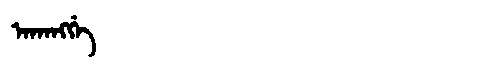
Manchu: ᠠᡴᠠᠩᡤᡝ
Romanization: AKANGGE